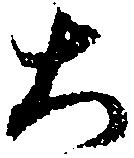
大